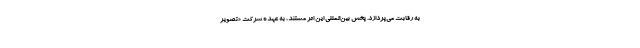
به رقابت می‌‌پردازد. پخش بین‌المللی این اثر مستند، به عهده شرکت «تصویر